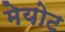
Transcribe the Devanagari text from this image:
मेयोट